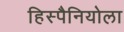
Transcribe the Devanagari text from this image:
हिस्पैनियोला